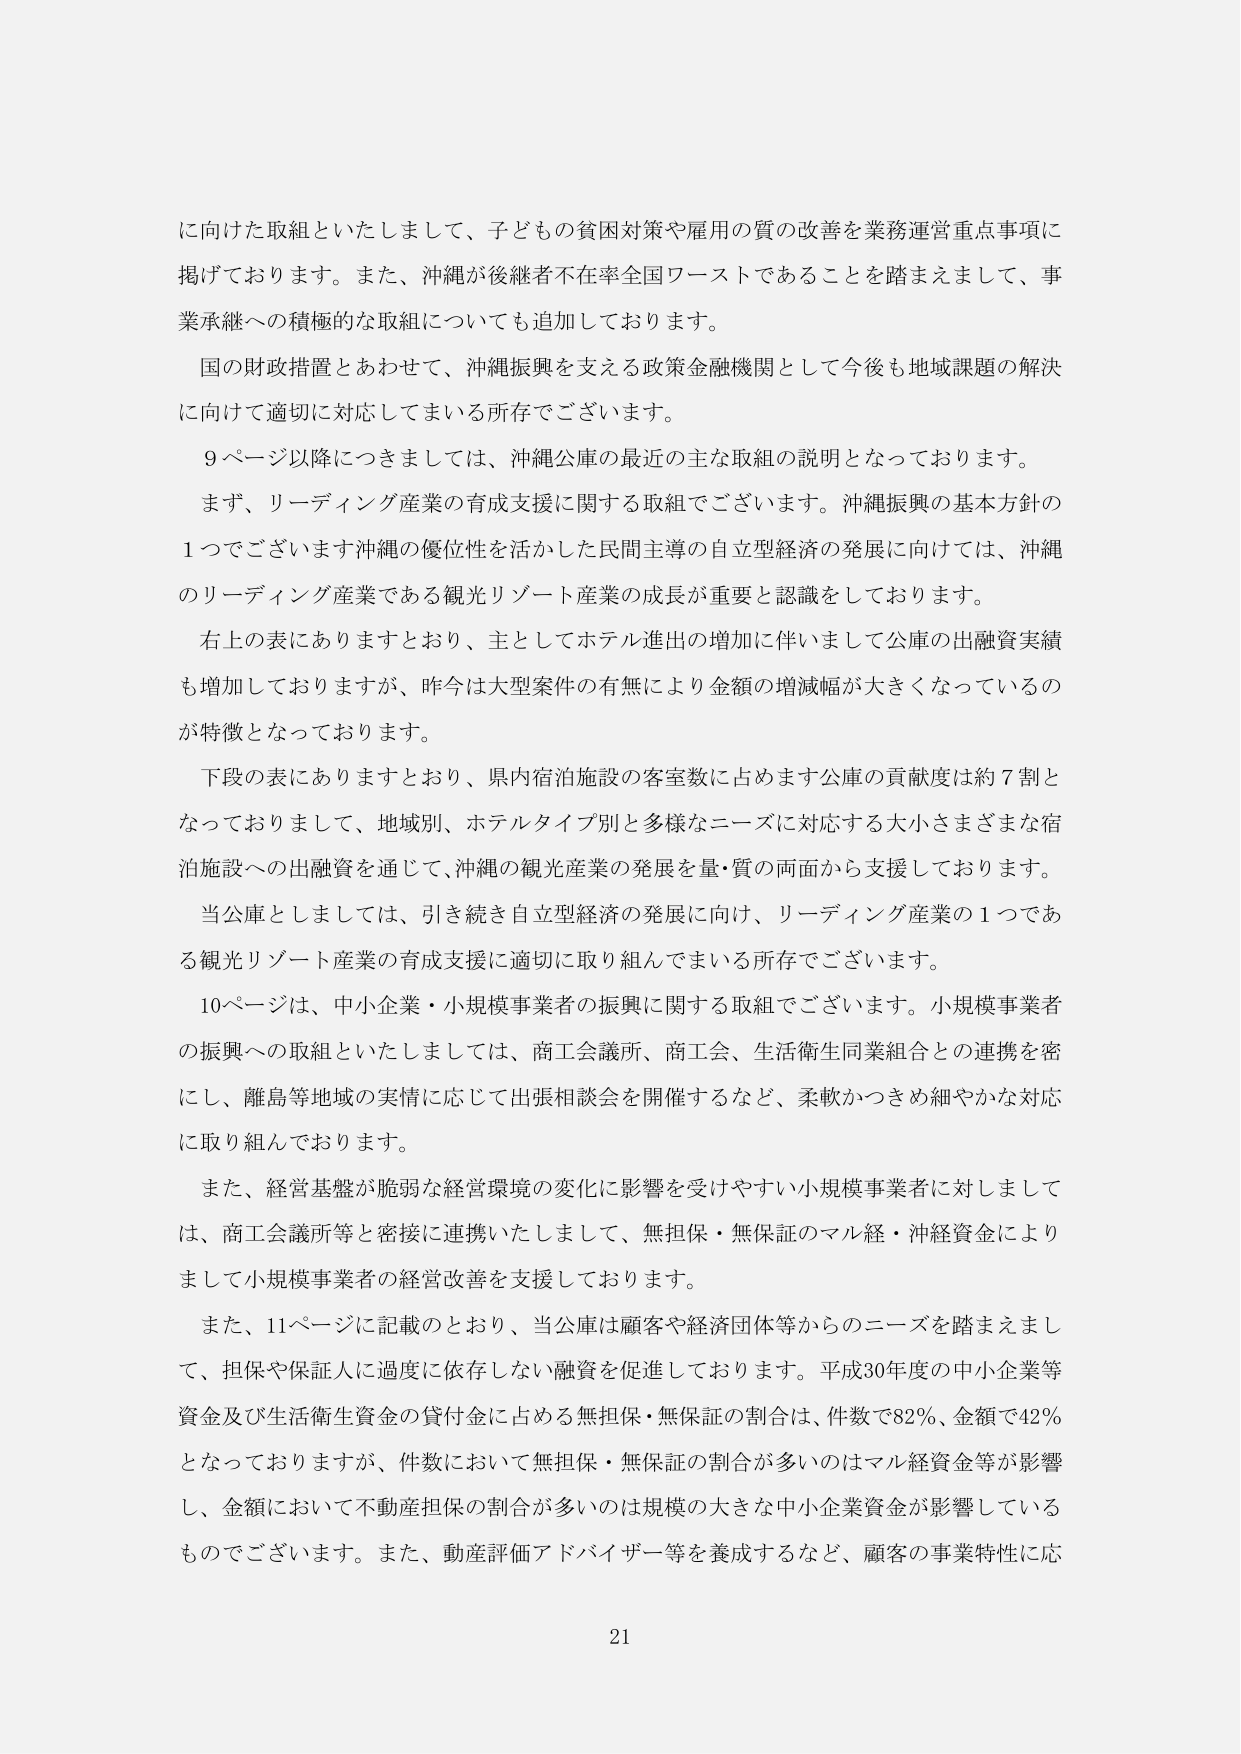
に向けた取組といたしまして、子どもの貧困対策や雇用の質の改善を業務運営重点事項に
掲げております。また、沖縄が後継者不在率全国ワーストであることを踏まえまして、事
業承継への積極的な取組についても追加しております。
国の財政措置とあわせて、沖縄振興を支える政策金融機関として今後も地域課題の解決
に向けて適切に対応してまいる所存でございます。
９ページ以降につきましては、沖縄公庫の最近の主な取組の説明となっております。
まず、リーディング産業の育成支援に関する取組でございます。沖縄振興の基本方針の
１つでございます沖縄の優位性を活かした民間主導の自立型経済の発展に向けては、沖縄
のリーディング産業である観光リゾート産業の成長が重要と認識をしております。
右上の表にありますとおり、主としてホテル進出の増加に伴いまして公庫の出融資実績
も増加しておりますが、昨今は大型案件の有無により金額の増減幅が大きくなっているの
が特徴となっております。
下段の表にありますとおり、県内宿泊施設の客室数に占めます公庫の貢献度は約７割と
なっておりますして、地域別、ホテルタイプ別と多様なニーズに対応する大小さまざまな宿
泊施設への出融資を通じて、沖縄の観光産業の発展を量・質の両面から支援しております。
当公庫としましては、引き続き自立型経済の発展に向け、リーディング産業の１つであ
る観光リゾート産業の育成支援に適切に取り組んでまいる所存でございます。
10ページは、中小企業・小規模事業者の振興に関する取組でございます。小規模事業者
の振興への取組といたしましては、商工会議所、商工会、生活衛生同業組合との連携を密
にし、離島等地域の実情に応じて出張相談会を開催するなど、柔軟かつきめ細やかな対応
に取り組んでおります。
また、経営基盤が脆弱な経営環境の変化に影響を受けやすい小規模事業者に対しまして
は、商工会議所等と密接に連携いたしまして、無担保・無保証のマル経・沖経資金により
まして小規模事業者の経営改善を支援しております。
また、11ページに記載のとおり、当公庫は顧客や経済団体等からのニーズを踏まえまし
て、担保や保証人に過度に依存しない融資を促進しております。平成30年度の中小企業等
資金及び生活衛生資金の貸付金に占める無担保・無保証の割合は、件数で82％、金額で42％
となっておりますが、件数において無担保・無保証の割合が多いのはマル経資金等が影響
し、金額において不動産担保の割合が多いのは規模の大きな中小企業資金が影響している
ものでございます。また、動産評価アドバイザー等を養成するなど、顧客の事業特性に応
21